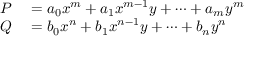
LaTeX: \begin{array} { r l } { P } & { { } = a _ { 0 } x ^ { m } + a _ { 1 } x ^ { m - 1 } y + \cdots + a _ { m } y ^ { m } } \\ { Q } & { { } = b _ { 0 } x ^ { n } + b _ { 1 } x ^ { n - 1 } y + \cdots + b _ { n } y ^ { n } } \end{array}